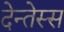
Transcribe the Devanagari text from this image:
देन्तेस्स